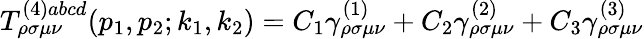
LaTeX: T_{\rho\sigma\mu\nu}^{(4)abcd}(p_{1},p_{2};k_{1},k_{2})=C_{1}\gamma_{\rho\sigma\mu\nu}^{(1)}+C_{2}\gamma_{\rho\sigma\mu\nu}^{(2)}+C_{3}\gamma_{\rho\sigma\mu\nu}^{(3)}